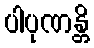
ပါပုဏန္တိ